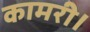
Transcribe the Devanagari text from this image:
कामरी।